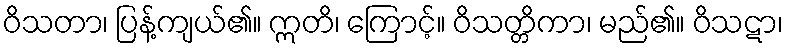
ဝိသတာ၊ ပြန့်ကျယ်၏။ ဣတိ၊ ကြောင့်။ ဝိသတ္တိကာ၊ မည်၏။ ဝိသဋာ၊